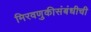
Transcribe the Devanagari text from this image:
मिरवणुकीसंबंधीची